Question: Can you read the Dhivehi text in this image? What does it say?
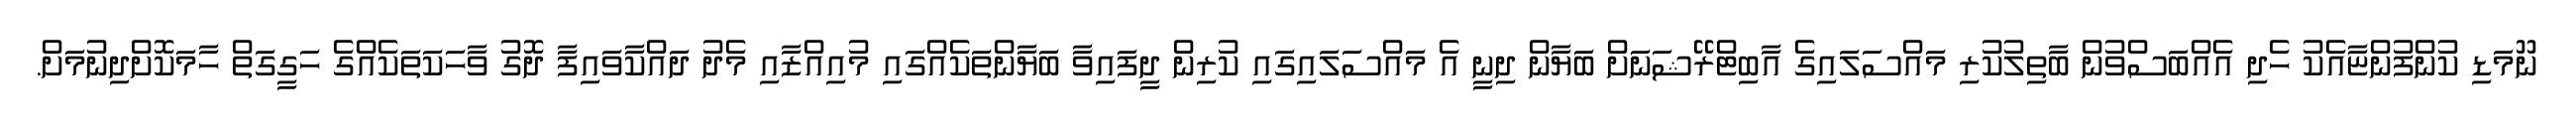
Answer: ނޫމަޑި ކުންފުންޏާއެކު ހެދި އެއްބަސްވުން ބާތިލުކުރި މައްސަލައިގެ އާބިޓްރޭޝަނަށް ބަޔާން ދިނީ އެ މައްސަލައިގައި ކުރިން ދީފައިވާ ބަޔާންތަކެއްގައި މުއިއްޒާއި މެދު ދައްކާވައިފާ ދޮގު ވާހަކަތަކެއްގެ ހަގީގަތް ހާމަކޮށްދިނުމަށް.